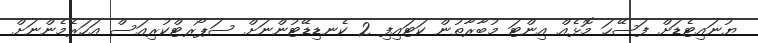
ޔުނައިޓެޑަށް ފަސޭހަ މޮޅެއް އިންޓަ މުބާރާތުން ކަޓައިފި 2 ކެނޑިޑޭޓުންނަށް ސަޕޯރޓްކުރިއަސް އަހަރެމެންނަށް